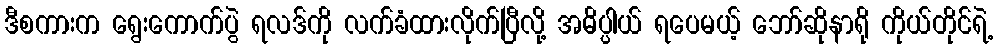
ဒီစကားက ရွေးကောက်ပွဲ ရလဒ်ကို လက်ခံထားလိုက်ပြီလို့ အဓိပ္ပါယ် ရပေမယ့် ဘော်ဆိုနာရို ကိုယ်တိုင်ရဲ့